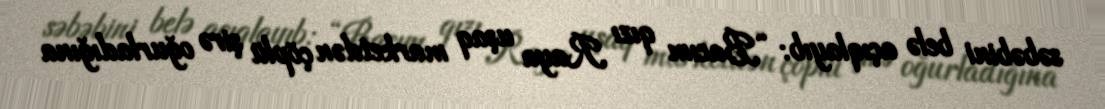
səbəbini belə açıqlayıb: “Bacım qızı Raya uşaq marketdən çöplü şirə oğurladığına